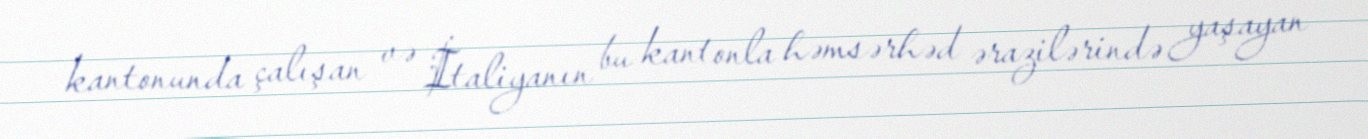
kantonunda çalışan və İtaliyanın bu kantonla həmsərhəd ərazilərində yaşayan